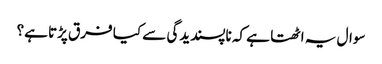
سوال یہ اٹھتا ہے کہ ناپسندیدگی سے کیا فرق پڑتا ہے؟